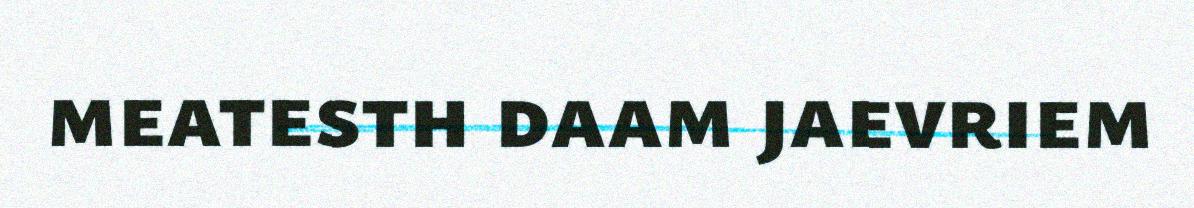
meatesth daam jaevriem